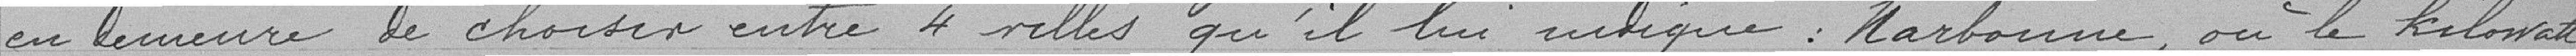
en demeure de choisir entre quatre ville qu'il lui indique; Narbonne, où le kilowatt